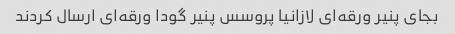
بجای پنیر ورقه‌ای لازانیا پروسس پنیر گودا ورقه‌ای ارسال کردند